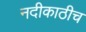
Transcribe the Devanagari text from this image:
नदीकाठीच